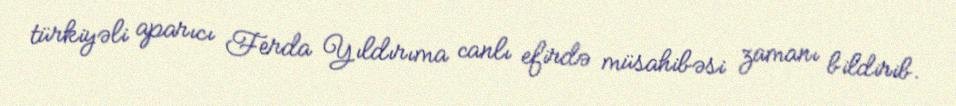
türkiyəli aparıcı Ferda Yıldırıma canlı efirdə müsahibəsi zamanı bildirib.